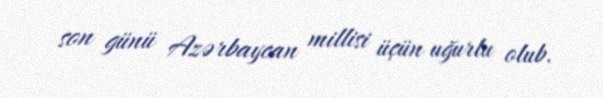
son günü Azərbaycan millisi üçün uğurlu olub.